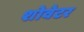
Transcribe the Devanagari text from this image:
शोवेटर